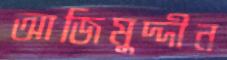
আজিমুদ্দীন